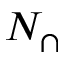
N _ { \cap }